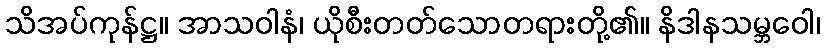
သိအပ်ကုန်ဋ္ဌ။ အာသဝါနံ၊ ယိုစီးတတ်သောတရားတို့၏။ နိဒါနသမ္ဘဝေါ၊